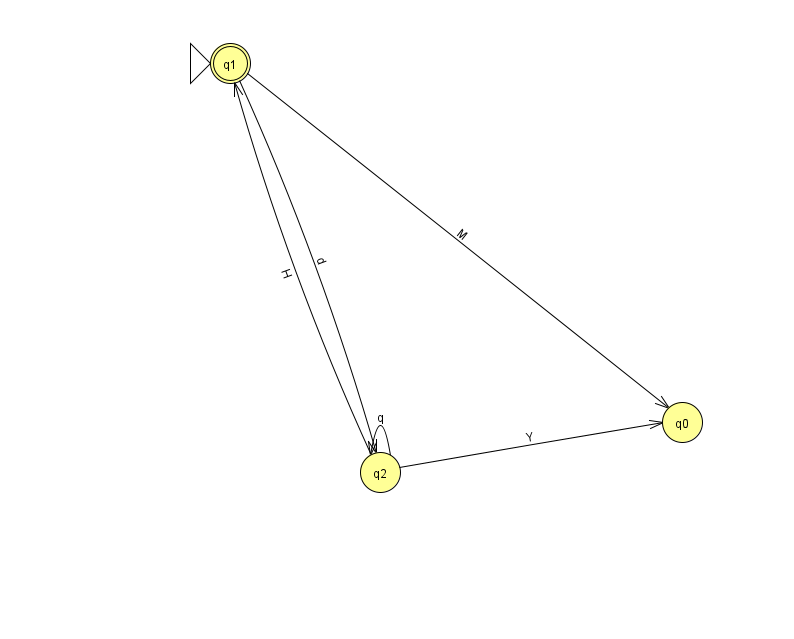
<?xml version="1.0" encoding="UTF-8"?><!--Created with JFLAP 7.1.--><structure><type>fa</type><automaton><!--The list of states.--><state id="0" name="q0"><x>682.0</x><y>409.0</y></state><state id="1" name="q1"><x>230.0</x><y>50.0</y><initial/><final/></state><state id="2" name="q2"><x>380.0</x><y>459.0</y></state><!--The list of transitions.--><transition><from>2</from><to>2</to><read>q</read></transition><transition><from>2</from><to>0</to><read>Y</read></transition><transition><from>2</from><to>1</to><read>H</read></transition><transition><from>1</from><to>2</to><read>d</read></transition><transition><from>1</from><to>0</to><read>M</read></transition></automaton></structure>